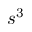
s ^ { 3 }